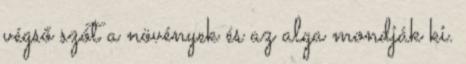
végső szót a növények és az alga mondják ki.